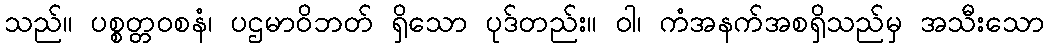
သည်။ ပစ္စတ္တဝစနံ၊ ပဌမာဝိဘတ် ရှိသော ပုဒ်တည်း။ ဝါ၊ ကံအနက်အစရှိသည်မှ အသီးသော